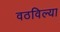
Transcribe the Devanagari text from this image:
वठविल्या